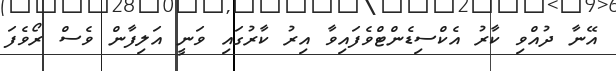
އޭނާ ދުއްވި ކާރު އެކްސިޑެންޓްވެފައިވާ އިރު ކާރުގައި ވަނީ އަލިފާން ވެސް ރޯވެފަ